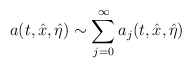
\begin{align*} a(t,\hat x,\hat \eta)\sim\sum^\infty_{j=0}a_j(t,\hat x,\hat\eta)\end{align*}